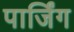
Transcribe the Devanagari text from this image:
पार्जिंग